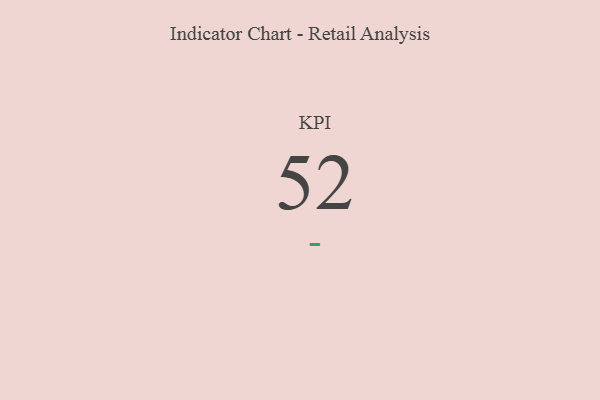
{"axis": {"x": "KPI", "y": "Value"}, "legend": [""], "data": [{"x": "KPI", "y": 52, "type": ""}]}